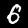
Digit: 6